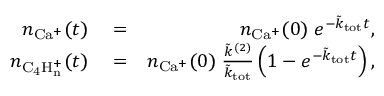
\begin{array} { r l r } { n _ { \mathrm { C a ^ { + } } } ( t ) } & { { } = } & { n _ { \mathrm { C a ^ { + } } } ( 0 ) \; e ^ { - \tilde { k } _ { \mathrm { t o t } } t } , } \\ { n _ { \mathrm { C _ { 4 } H _ { n } ^ { + } } } ( t ) } & { { } = } & { n _ { \mathrm { C a ^ { + } } } ( 0 ) \; \frac { \tilde { k } ^ { ( 2 ) } } { \tilde { k } _ { \mathrm { t o t } } } \left( 1 - e ^ { - \tilde { k } _ { \mathrm { t o t } } t } \right) , } \end{array}